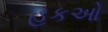
હકઓ